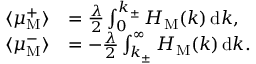
\begin{array} { r l } { \langle \mu _ { \mathrm { M } } ^ { + } \rangle } & { = \frac { \lambda } { 2 } \int _ { 0 } ^ { k _ { \pm } } H _ { \mathrm { M } } ( k ) \, \mathrm { d } k , } \\ { \langle \mu _ { \mathrm { M } } ^ { - } \rangle } & { = - \frac { \lambda } { 2 } \int _ { k _ { \pm } } ^ { \infty } H _ { \mathrm { M } } ( k ) \, \mathrm { d } k . } \end{array}